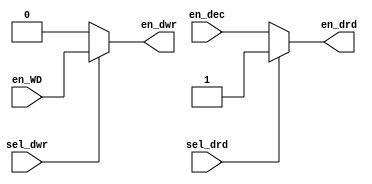
`timescale 1ns / 1ps

module mux_mem(en_dec, en_WD, sel_drd, sel_dwr, en_drd, en_dwr);

input en_dec,sel_drd;
output en_drd;
input en_WD,sel_dwr;
output en_dwr;

assign en_dwr = (sel_dwr==1) ? en_WD : 1'b0;

assign en_drd = (sel_drd==0) ? en_dec : 1'b1;

endmodule